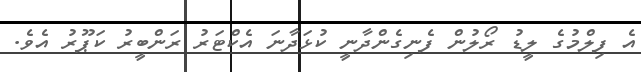
އެ ފިލްމުގެ ލީޑު ރޯލުން ފެނިގެންދާނީ ކުޅަދާނަ އެކްޓަރު ރަންބީރު ކަޕޫރު އެވެ.